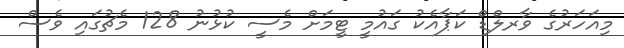
މިއަހަރުގެ ވާރލްޑް ކަޕާއެކު ގައުމީ ޓީމަށް މެސީ ކުޅުނު 128 މެޗުގައި ވެސް